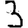
Digit: 3